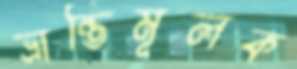
ভ্রান্তিমূলক